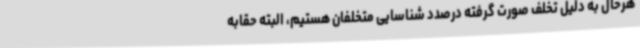
هرحال به دلیل تخلف صورت گرفته درصدد شناسایی متخلفان هستیم، البته حقابه